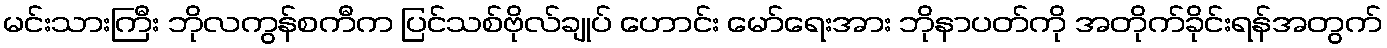
မင်းသားကြီး ဘိုလကွန်စကီက ပြင်သစ်ဗိုလ်ချုပ် ဟောင်း မော်ရေးအား ဘိုနာပတ်ကို အတိုက်ခိုင်းရန်အတွက်